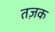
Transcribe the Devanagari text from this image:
तज़क